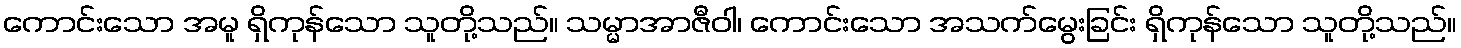
ကောင်းသော အမူ ရှိကုန်သော သူတို့သည်။ သမ္မာအာဇီဝါ၊ ကောင်းသော အသက်မွေးခြင်း ရှိကုန်သော သူတို့သည်။